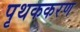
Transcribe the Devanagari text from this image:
पृथककरण